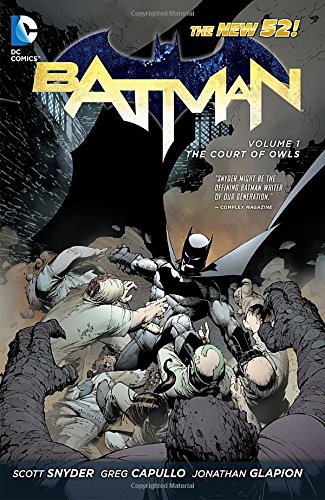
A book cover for Batman Vol. 1: The Court of Owls (The New 52); Scott Snyder; Comics & Graphic Novels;